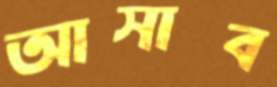
আসাব